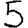
Digit: 5